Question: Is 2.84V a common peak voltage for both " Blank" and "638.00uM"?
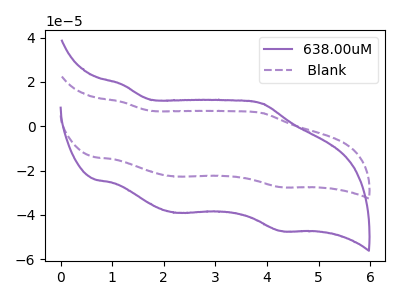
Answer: <think>The purple curve "638.00uM" has anodic peaks at (1.20V, 18.85uA) (3.90V, 10.25uA) and cathodic peaks at (2.25V, -39.05uA) (4.30V, -47.25uA). The purple dashed curve " Blank" has anodic peaks at (1.20V, 10.95uA) (3.90V, 5.95uA) and cathodic peaks at (2.25V, -22.70uA) (4.30V, -27.50uA).</think>
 <answer>No, " Blank" and "638.00uM" dont share a peak at 2.84V.</answer>
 <eval>mismatch</eval>